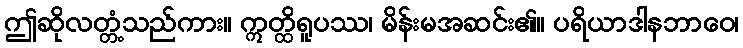
ဤဆိုလတ္တံ့သည်ကား။ ဣတ္ထိရူပဿ၊ မိန်းမအဆင်း၏။ ပရိယာဒါနဘာဝေ၊